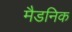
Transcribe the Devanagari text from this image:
मैडनिक